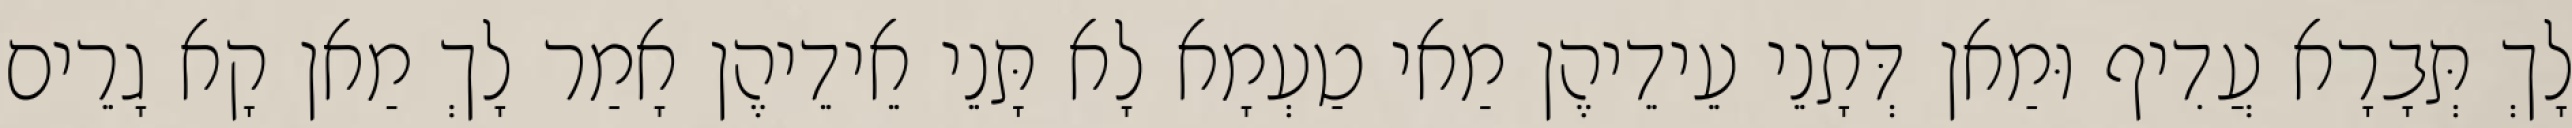
לָךְ תְּבָרָא עֲדִיף וּמַאן דְּתָנֵי עֵידֵיהֶן מַאי טַעְמָא לָא תָּנֵי אֵידֵיהֶן אָמַר לָךְ מַאן קָא גָרֵים